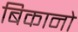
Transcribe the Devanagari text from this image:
बिकानो